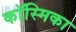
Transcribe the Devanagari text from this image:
कॉस्मिका